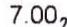
7.00